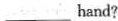
___ hand?